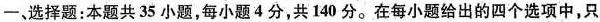
-、选择题：本题共35小题，每小题4分，共140分。在每小题给出的四个选项中，只